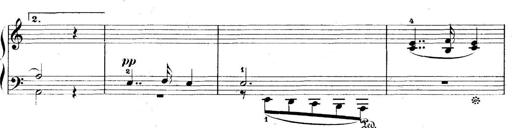
Title: 5 Sonatinas
Composer: Theodor Kirchner